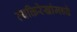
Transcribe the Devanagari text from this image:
व्यक्तिरेखांमध्ये